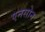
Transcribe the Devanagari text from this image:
एनसोन